Bombay plague: being a history of the progress of plague in the Bombay presidency from September 1896 to June 1899
Year: 1896
Disease focus: Plague
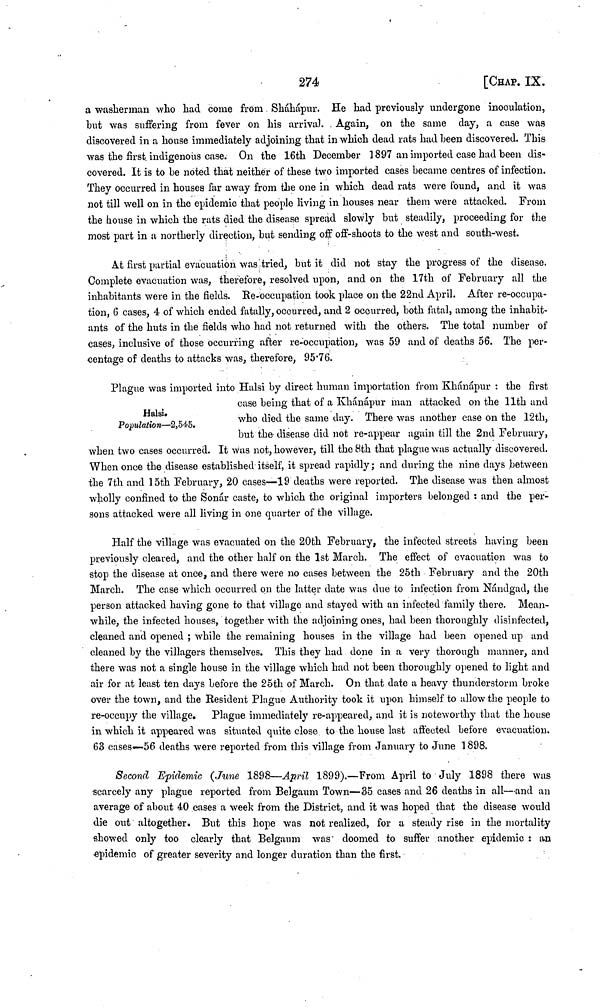
274
[CHAP. IX.
a washerman who had come from Sháhápur. He had previously undergone inoculation,
but was suffering from fever on his arrival. Again, on the same day, a case was
discovered in a house immediately adjoining that in which dead rats had been discovered. This
was the first, indigenous case. On the 16th December ] 897 an imported case had been dis-
covered. It is to be noted that neither of these two imported cases became centres of infection.
They occurred in houses far away from the one in which dead rats were found, and it was
not till well on in the epidemic that people living in houses near them were attacked. From
the house in which the rats died the disease spread slowly but steadily, proceeding for the
most part in a northerly direction, but sending off off-shoots to the west and south-west.
At first partial evacuation was tried, but it did not stay the progress of the disease.
Complete evacuation was, therefore, resolved upon, and on the 17th of February all the
inhabitants were in the fields. Re-occupation took place on the 22nd April. After re-occupa-
tion, 6 cases, 4 of which ended fatally, occurred, and 2 occurred, both fatal, among the inhabit-
ants of the huts in the fields who had not returned with the others. The total number of
cases, inclusive of those occurring after re-occupation, was 59 and of deaths 56. The per-
centage of deaths to attacks was, therefore, 95 . 76.
Halsi.
Population—2,545.
Plague was imported into Halsi by direct human importation from Khánápur : the first
case being that of a Ivhanapur man attacked on the 11th and
who died the same day. There was another- case on the 12th,
but the disease did not re-appear again till the 2nd February,
when two cases occurred. It was not, however, till the 8th tnat plague was actually discovered.
When once the disease established itself, it spread rapidly ; and during the nine days between
the 7th and 15th February, 20 cases—19 deaths were reported. The disease was then almost
wholly confined to the Sonar caste, to which the original importers belonged : and the per-
sons attacked were all living in one quarter of the village.
Half the village was evacuated on the 20th February, the infected streets having been
previously cleared, and the other half on the 1st March. The effect of evacuaticn was to
stop the disease at once, and there were no cases between the 25th February and the 20th
March. The case which occurred on the latter date was due to infection from Nándgad, the
person attacked having gone to that village and stayed with an infected family there. Mean-
while, the infected houses, together with the adjoining ones, had been thoroughly disinfected,
cleaned and opened ; while the remaining houses in the village had been opened up and
cleaned by the villagers themselves. This they had done in a very thorough manner, and
there was not a single house in the village which had not been thoroughly opened to light and
air for at least ten days before the 25th of March. On that date a heavy thunderstorm broke
over the town, and the Resident Plague Authority took it upon himself to allow the people to
re-occupy the village. Plague immediately re-appeared, and it is noteworthy that the house
in which it appeared was situated quite close to the house last affected before evacuation.
63 cases—56 deaths were reported from this village from January to June 1898.
Second Epidemic (June 1898—April 1899).—From April to July 1898 there was
scarcely any plague reported from Belgaum Town—35 cases and 26 deaths in all—and an
average of about 40 cases a week from the District, and it was hoped that the disease would
die out altogether. But this hope was not realized, for a steady rise in the mortality
showed only too clearly that Belgaum was doomed to suffer another epidemic : an
epidemic of greater severity and longer duration than the first.